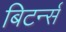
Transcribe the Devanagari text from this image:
बिटर्न्‍स